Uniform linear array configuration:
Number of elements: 4
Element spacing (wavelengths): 1
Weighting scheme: kaiser
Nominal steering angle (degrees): -45
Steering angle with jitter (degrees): -45.804
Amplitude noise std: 0.05
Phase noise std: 0.05

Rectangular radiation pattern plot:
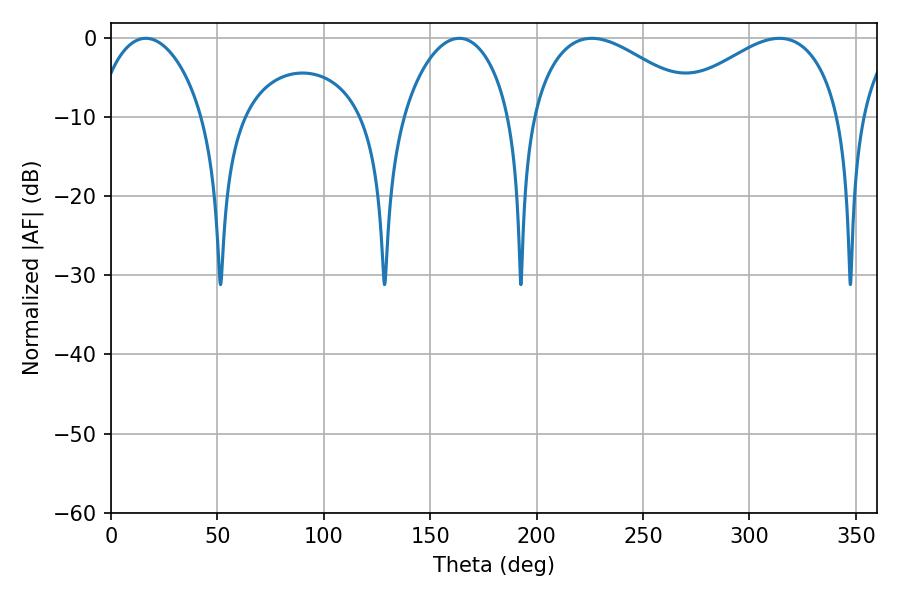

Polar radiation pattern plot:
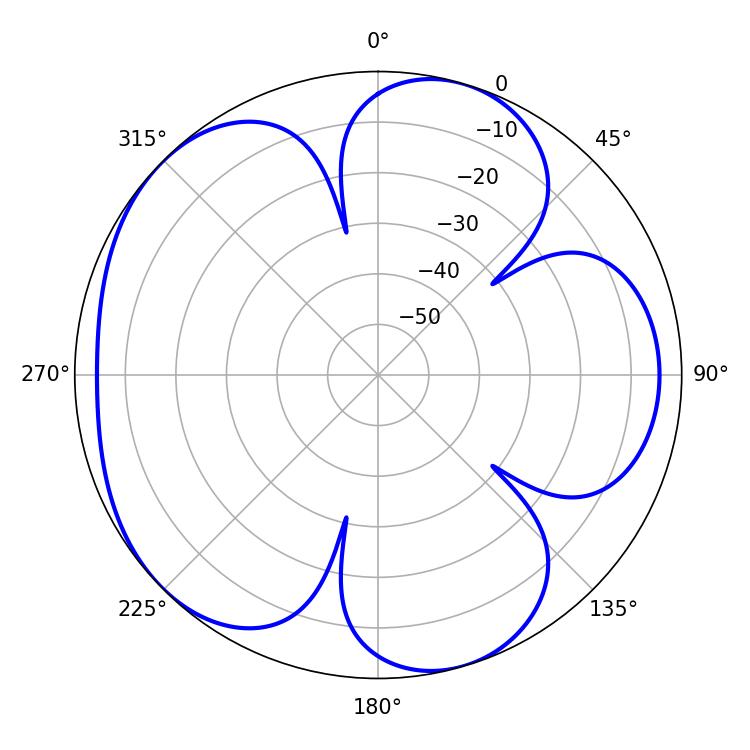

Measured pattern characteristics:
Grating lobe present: TRUE
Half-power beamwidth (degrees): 44.1
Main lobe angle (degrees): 225.9